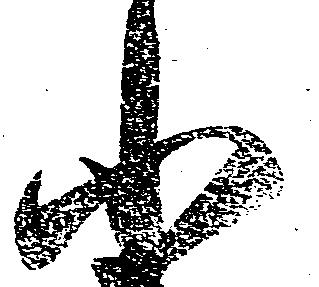
小